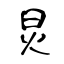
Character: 炅